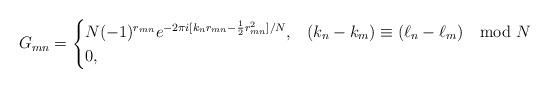
LaTeX: \begin{align*}G_{mn} = \begin{cases}N (-1)^{r_{mn}} e^{-2 \pi i [k_n r_{mn} - \frac{1}{2}r_{mn}^2]/N}, & (k_n - k_m) \equiv (\ell_n - \ell_m) \mod N \\0, & \end{cases}\end{align*}